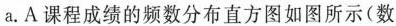
a.A课程成绩的频数分布直方图如图所示(数